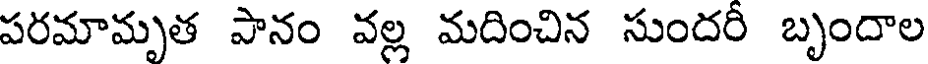
పరమామృత పానం వల్ల మదించిన సుందరీ బృందాల